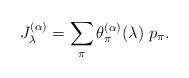
LaTeX: \begin{align*} J^{(\alpha)}_\lambda = \sum_\pi \theta^{(\alpha)}_\pi(\lambda)\ p_\pi. \end{align*}